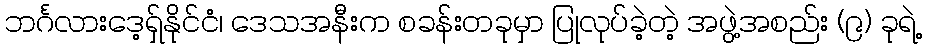
ဘင်္ဂလားဒေ့ရှ်နိုင်ငံ၊ ဒေသအနီးက စခန်းတခုမှာ ပြုလုပ်ခဲ့တဲ့ အဖွဲ့အစည်း (၉) ခုရဲ့